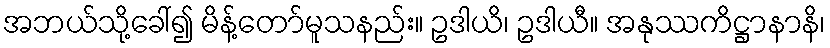
အဘယ်သို့ခေါ်၍ မိန့်တော်မူသနည်း။ ဥဒါယိ၊ ဥဒါယီ။ အနုဿကိဋ္ဌာနာနိ၊